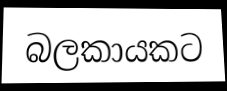
බලකායකට